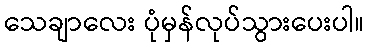
သေချာလေး ပုံမှန်လုပ်သွားပေးပါ။